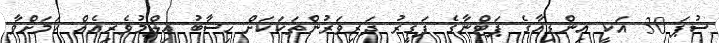
ސުޕަ 30 އަކީ އިންޑިއާގެ ޕަޓްނާގެ ފަގީރު ދަރިވަރުންތަކަކަށް ހިސާބު އިލްމުވެރިއެއް ކަމަށްވާ